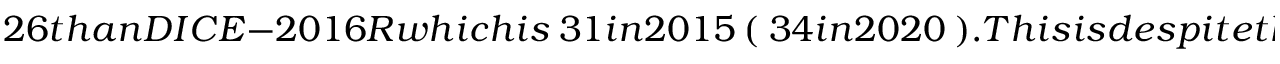
2 6 t h a n D I C E - 2 0 1 6 R w h i c h i s \ 3 1 i n 2 0 1 5 \ ( \ 3 4 i n 2 0 2 0 \ ) . T h i s i s d e s p i t e t h e l o w e r e f f e c t i v e d i s c o u n t r a t e i n o u r s t u d y ( 3 . 1 \